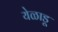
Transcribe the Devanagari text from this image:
येळाडू